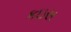
કઇસ